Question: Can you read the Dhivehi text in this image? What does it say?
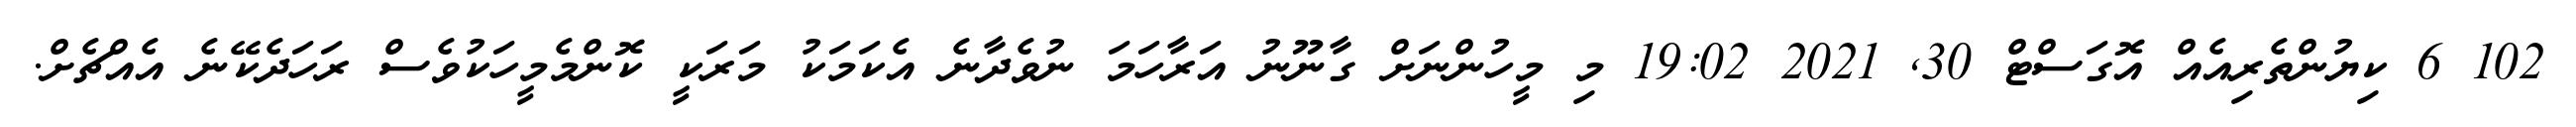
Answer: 102 6 ކިޔުންތެރިއެއް އޮގަސްޓް 30, 2021 19:02 މި މީހުންނަށް ގާނޫނު އަރާހަމަ ނުވެދާނެ އެކަމަކު މަރަކީ ކޮންމެމީހަކުވެސް ރަހަދެކޭނެ އެއްޗެށް.